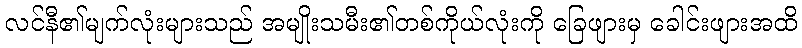
လင်နီ၏မျက်လုံးများသည် အမျိုးသမီး၏တစ်ကိုယ်လုံးကို ခြေဖျားမှ ခေါင်းဖျားအထိ